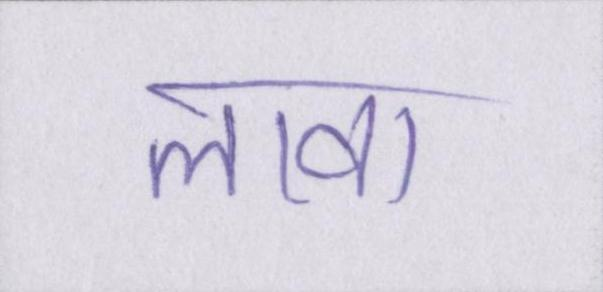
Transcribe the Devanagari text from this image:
लावा